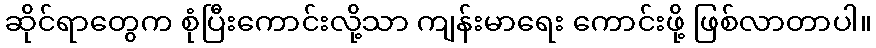
ဆိုင်ရာတွေက စုံပြီးကောင်းလို့သာ ကျန်းမာရေး ကောင်းဖို့ ဖြစ်လာတာပါ။